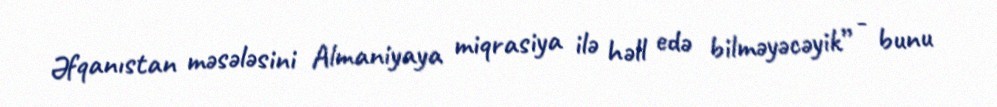
Əfqanıstan məsələsini Almaniyaya miqrasiya ilə həll edə bilməyəcəyik” - bunu